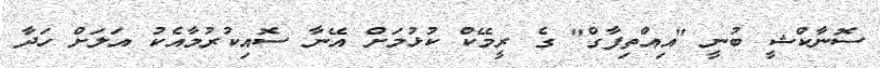
ސޮނާކްޝީ ބުނީ "އިއްތިފާގް" ގެ ރީމޭކް ކުޅުމަށް އޭނާ ސޮއިކުރުމާއެކު އަލަށް ހަދާ